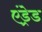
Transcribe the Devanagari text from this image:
एंड्रेड